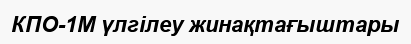
КПО-1М үлгілеу жинақтағыштары